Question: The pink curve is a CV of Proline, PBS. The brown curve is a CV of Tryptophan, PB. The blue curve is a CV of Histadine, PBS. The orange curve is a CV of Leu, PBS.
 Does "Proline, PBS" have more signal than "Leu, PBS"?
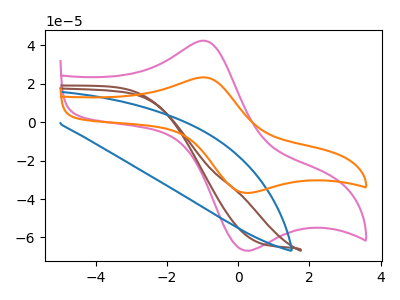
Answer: <think>The pink curve "Proline, PBS" has an anodic peak at (-1.00V, 42.45uA) and a cathodic peak at (0.15V, -66.45uA). The brown curve "Tryptophan, PB" has no peaks. The blue curve "Histadine, PBS" has no peaks. The orange curve "Leu, PBS" has an anodic peak at (-1.00V, 23.35uA) and a cathodic peak at (0.15V, -36.55uA).
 All the peaks in "Proline, PBS" have a peak in "Leu, PBS" at the same potential. Every peak in "Proline, PBS" is higher than every peak in "Leu, PBS".</think>
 <answer>"Proline, PBS" has more signal than "Leu, PBS".</answer>
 <eval>more_signal</eval>